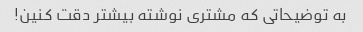
به توضیحاتی که مشتری نوشته بیشتر دقت کنین!